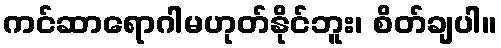
ကင်ဆာရောဂါမဟုတ်နိုင်ဘူး၊ စိတ်ချပါ။